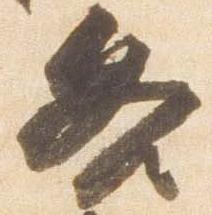
各